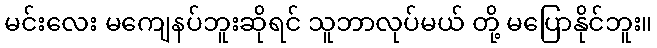
မင်းလေး မကျေနပ်ဘူးဆိုရင် သူဘာလုပ်မယ် တို့ မပြောနိုင်ဘူး။